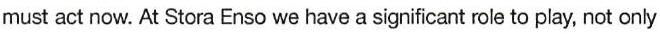
must act now. At Stora Enso we have a significant role to play, not only